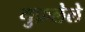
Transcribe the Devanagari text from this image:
गुफ़लेले